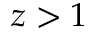
z > 1